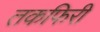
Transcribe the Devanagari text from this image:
तकफिरी